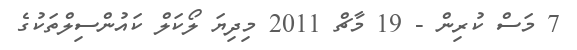
7 މަސް ކުރިން - 19 މާޗް 2011 މިދިޔަ ލޯކަލް ކައުންސިލްތަކުގެ